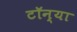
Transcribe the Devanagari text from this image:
टॉन्या